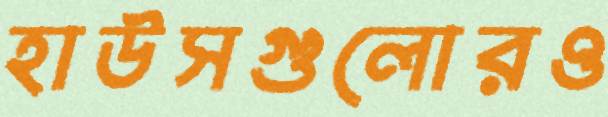
হাউসগুলোরও